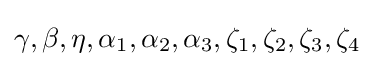
\gamma ,\beta ,\eta ,\alpha _{1},\alpha _{2},\alpha _{3},\zeta _{1},\zeta _{2},\zeta _{3},\zeta _{4}